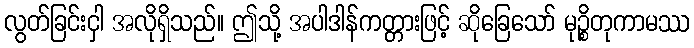
လွတ်ခြင်းငှါ အလိုရှိသည်။ ဤသို့ အပါဒါန်ကတ္တားဖြင့် ဆိုခြေသော် မုဉ္စိတုကာမဿ